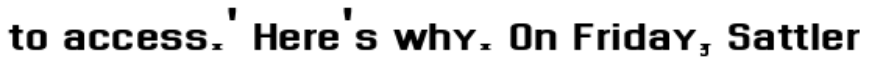
to access.' Here's why. On Friday, Sattler